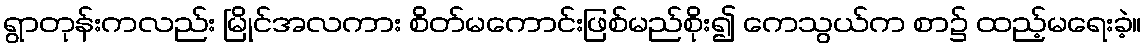
ရွာတုန်းကလည်း မြိုင်အလကား စိတ်မကောင်းဖြစ်မည်စိုး၍ ကေသွယ်က စာ၌ ထည့်မရေးခဲ့။